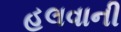
હલવાની